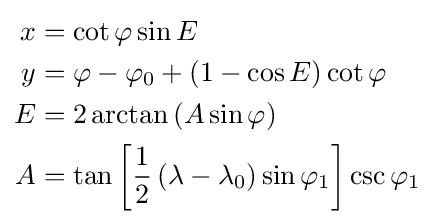
{\begin{aligned}x&=\cot \varphi \sin E\\y&=\varphi -\varphi _{0}+\left(1-\cos E\right)\cot \varphi \\E&=2\arctan \left(A\sin \varphi \right)\\A&=\tan \left[{\frac {1}{2}}\left(\lambda -\lambda _{0}\right)\sin \varphi _{1}\right]\csc \varphi _{1}\end{aligned}}